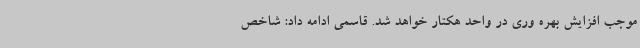
موجب افزایش بهره وری در واحد هکتار خواهد شد. قاسمی ادامه داد: شاخص